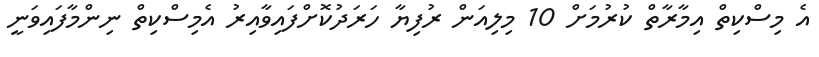
އެ މިސްކިތް އިމާރާތް ކުރުމަށް 10 މިލިއަން ރުފިޔާ ހަރަދުކޮށްފައިވާއިރު އެމިސްކިތް ނިންމާފައިވަނީ